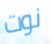
نوت